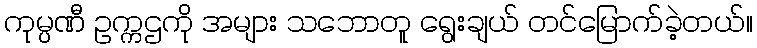
ကုမ္ပဏီ ဥက္ကဌကို အများ သဘောတူ ရွေးချယ် တင်မြောက်ခဲ့တယ်။